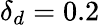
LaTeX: \delta_{d}=0.2